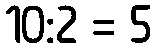
10:2 = 5